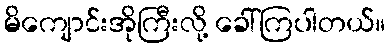
မိကျောင်းအိုကြီးလို့ ခေါ်ကြပါတယ်။